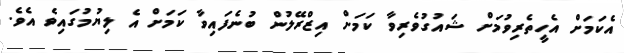
އެކަމަށް އެހީތެރިވުމަށް ޝައުގުވެރިވާ ކަމަށް އިޒްރޭލުން ބުނެފައިވާ ކަމަށް އެ ލިޔުމުގައިވެ އެވެ.